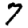
Digit: 7